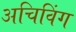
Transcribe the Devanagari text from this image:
अचिविंग